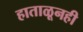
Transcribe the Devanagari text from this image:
हाताळूनही